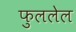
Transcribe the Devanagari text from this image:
फुललेल